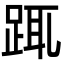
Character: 踂